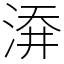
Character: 㴁